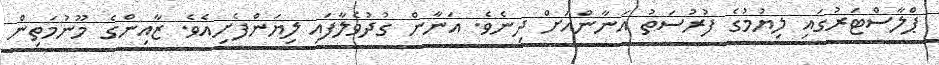
ޕްލާސްޓަރުގައި ލިޔުމުގެ ފުރުސަތު އަނާންއަށް ދިނެވެ. އަނާން ގުދުވެލާފައި ލިޔަންފެށިއެވެ. ޒާއިންގެ މޫނުމަތިން